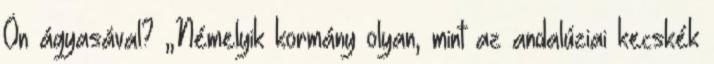
Ön ágyasával? „Némelyik kormány olyan, mint az andalúziai kecskék